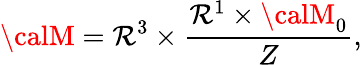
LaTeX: {\calM}=\mathcal{R}^{3}\times\frac{{\mathcal{R}^{1}\times{\calM}_{0}}}{{Z}},